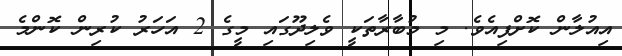
އިއުލާން ކޮށްފިއެވެ. މި މުބާރާތަކީ ވެލިދޫގައި މީގެ 2 އަހަރު ކުރިން ކޮންމެ